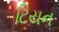
ટિયન